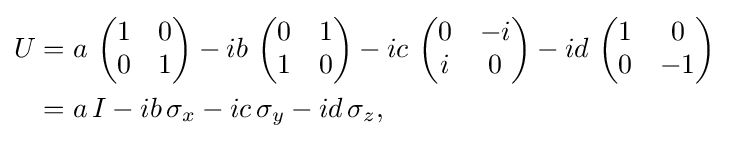
{\begin{aligned}U&=a\ {\begin{pmatrix}1&0\\0&1\end{pmatrix}}-ib\ {\begin{pmatrix}0&1\\1&0\end{pmatrix}}-ic\ {\begin{pmatrix}0&-i\\i&0\end{pmatrix}}-id\ {\begin{pmatrix}1&0\\0&-1\end{pmatrix}}\\&=a\,I-ib\,\sigma _{x}-ic\,\sigma _{y}-id\,\sigma _{z},\end{aligned}}